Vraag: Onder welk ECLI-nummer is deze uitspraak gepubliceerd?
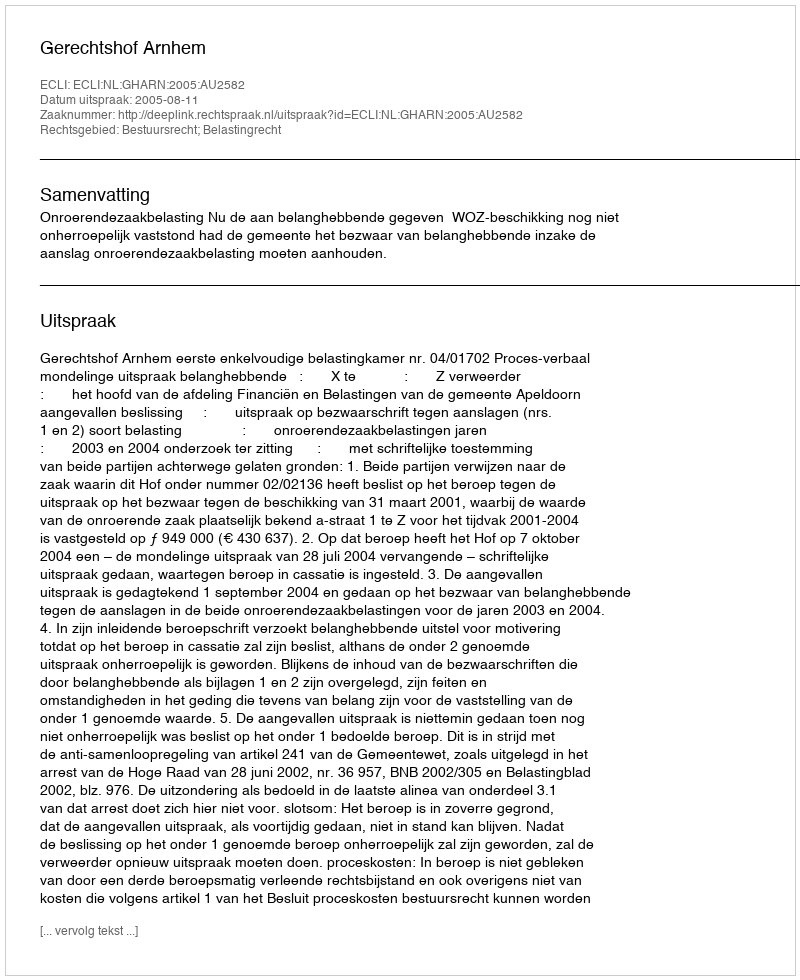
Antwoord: ECLI:NL:GHARN:2005:AU2582